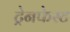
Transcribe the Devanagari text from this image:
ट्रेनफेस्ट